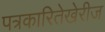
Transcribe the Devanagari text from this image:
पत्रकारितेखेरीज